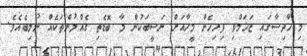
މި ހާދިސާގައި ޒަޚަމްވި ފިރިހެން މީހާއަށް ނަސީބަކުން މާ ބޮޑެތި ގެއްލުންތަކެއް ނުލިބެއެވެ.